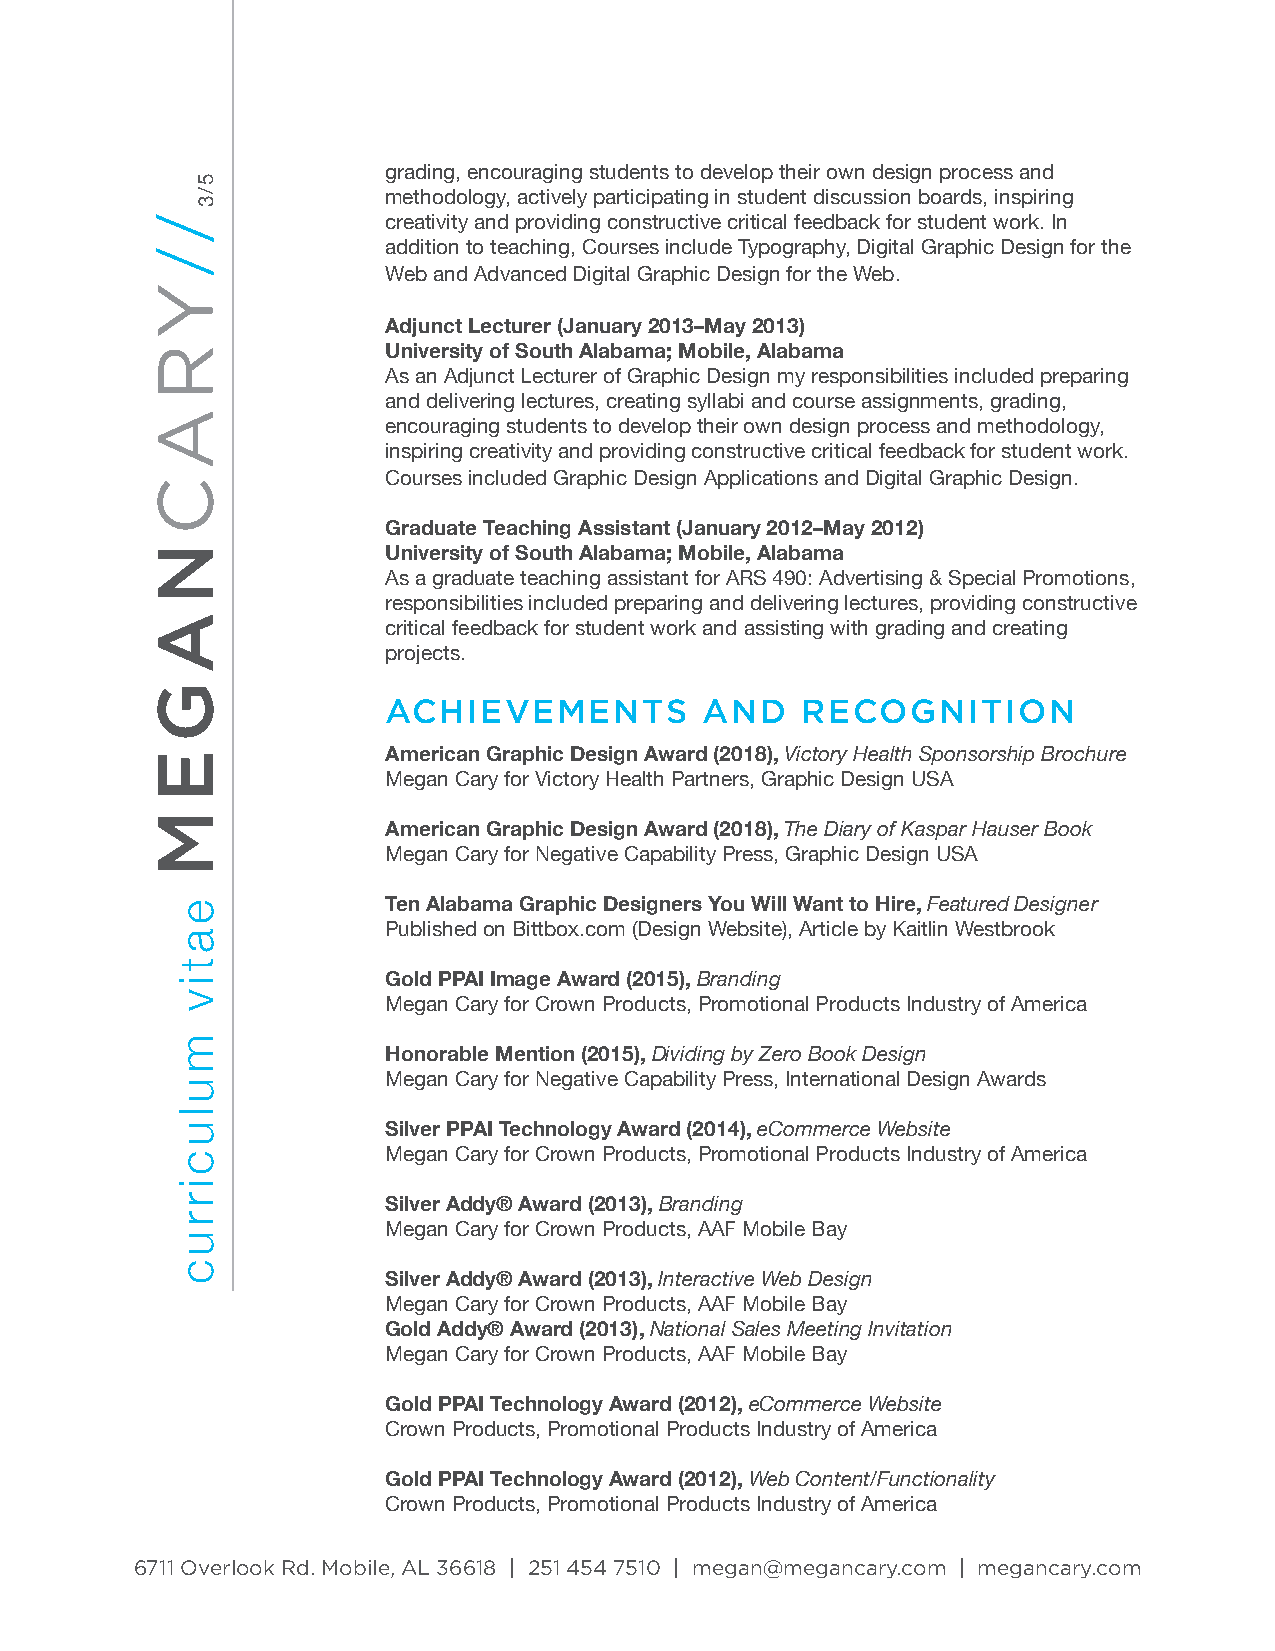
grading, encouraging students to develop their own design process and
 methodology, actively participating in student discussion boards, inspiring
 creativity and providing constructive critical feedback for student work. In
 addition to teaching, Courses include Typography, Digital Graphic Design for the
 Web and Advanced Digital Graphic Design for the Web.
 Adjunct Lecturer (January 2013–May 2013)
 University of South Alabama; Mobile, Alabama
 As an Adjunct Lecturer of Graphic Design my responsibilities included preparing
 and delivering lectures, creating syllabi and course assignments, grading,
 encouraging students to develop their own design process and methodology,
 inspiring creativity and providing constructive critical feedback for student work.
 Courses included Graphic Design Applications and Digital Graphic Design.
 Graduate Teaching Assistant (January 2012–May 2012)
 University of South Alabama; Mobile, Alabama
 As a graduate teaching assistant for ARS 490: Advertising & Special Promotions,
 responsibilities included preparing and delivering lectures, providing constructive
 critical feedback for student work and assisting with grading and creating
 projects.
 ACHIEVEMENTS         AND   RECOGNITION
 American Graphic Design Award (2018), Victory Health Sponsorship Brochure
 Megan Cary for Victory Health Partners, Graphic Design USA
 American Graphic Design Award (2018), The Diary of Kaspar Hauser Book
 Megan Cary for Negative Capability Press, Graphic Design USA
 Ten Alabama Graphic Designers You Will Want to Hire, Featured Designer
 Published on Bittbox.com (Design Website), Article by Kaitlin Westbrook
 Gold PPAI Image Award (2015), Branding
 Megan Cary for Crown Products, Promotional Products Industry of America
 Honorable Mention (2015), Dividing by Zero Book Design
 Megan Cary for Negative Capability Press, International Design Awards
 Silver PPAI Technology Award (2014), eCommerce Website
 Megan Cary for Crown Products, Promotional Products Industry of America
 Silver Addy® Award (2013), Branding
 Megan Cary for Crown Products, AAF Mobile Bay
 Silver Addy® Award (2013), Interactive Web Design
 Megan Cary for Crown Products, AAF Mobile Bay
 Gold Addy® Award (2013), National Sales Meeting Invitation
 Megan Cary for Crown Products, AAF Mobile Bay
 Gold PPAI Technology Award (2012), eCommerce Website
 Crown Products, Promotional Products Industry of America
 Gold PPAI Technology Award (2012), Web Content/Functionality
 Crown Products, Promotional Products Industry of America
 6711 Overlook Rd. Mobile, AL 36618 | 251 454 7510 | megan@megancary.com | megancary.com
 YR
 A
 C
 N
 A
 G
 E
 M
 /
 /
 eativ
 mulucirruc
 5/3